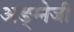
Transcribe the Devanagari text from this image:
अङ्ग्नेजी